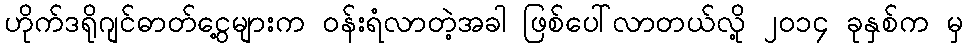
ဟိုက်ဒရိုဂျင်ဓာတ်ငွေ့များက ဝန်းရံလာတဲ့အခါ ဖြစ်ပေါ်လာတယ်လို့ ၂၀၁၄ ခုနှစ်က မှ